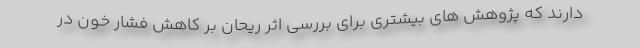
دارند که پژوهش های بیشتری برای بررسی اثر ریحان بر کاهش فشار خون در